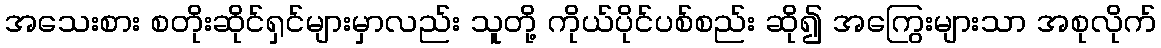
အသေးစား စတိုးဆိုင်ရှင်များမှာလည်း သူတို့ ကိုယ်ပိုင်ပစ်စည်း ဆို၍ အကြွေးများသာ အစုလိုက်